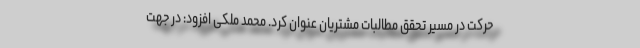
حرکت در مسیر تحقق مطالبات مشتریان عنوان کرد. محمد ملکی افزود: در جهت